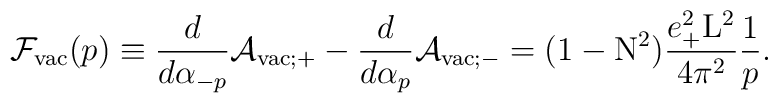
{\cal F}_{\rm vac}(p) \equiv \frac{d}{d{\alpha}_{-p}}{\cal A}_{{\rm vac};+} - \frac{d}{d{\alpha}_p}{\cal A}_{{\rm vac};-} =(1-{\rm N}^2) \frac{e_{+}^2{\rm L}^2}{4{\pi}^2} \frac{1}{p}.